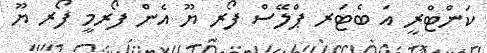
ކަންޓްރީ އަ ބެޓަރ ޕްލޭސް ފޯރ ޔޫ އެން ފޯރމީ ފޯރ ޔޫ